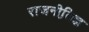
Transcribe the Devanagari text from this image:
राजनीति़ज्ञ